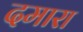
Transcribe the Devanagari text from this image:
दमारा